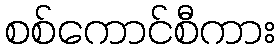
စစ်ကောင်စီကား